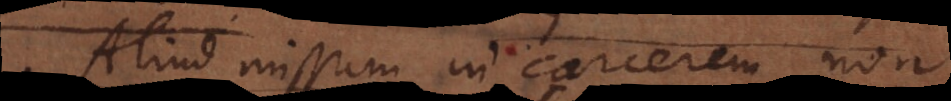
Aliud missum in carcerem non